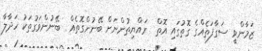
ޒަމާންވީ ސަގާފަތެއްގެ ގޮތުގައި އޮތް  ރައްޔިތުންނަށް ބޭނުންގޮތެއް  ބޭނުންވަގުތަކު ހަދާލާ